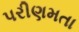
પરીણમતા